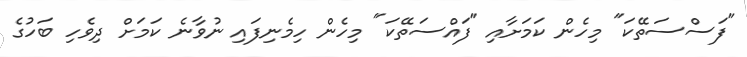
"ފަސްސަތޭކަ" މިހެން ކަމަށާއި "ފައްސަތޭކަ" މިހެން ހިމެނިފައި ނުވާނެ ކަމަށް ދިވެހި ބަހުގެ